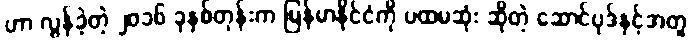
ဟာ လွန်ခဲ့တဲ့ ၂၀၁၆ ခုနှစ်တုန်းက မြန်မာနိုင်ငံကို ပထမဆုံး ဆိုတဲ့ ဆောင်ပုဒ်နှင့်အတူ